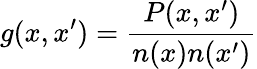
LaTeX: g(x,x^{\prime})=\frac{P(x,x^{\prime})}{n(x)n(x^{\prime})}